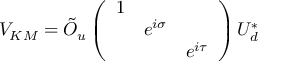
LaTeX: V _ { K M } = \tilde { O } _ { u } \left( \begin{array} { c c c } { { 1 } } & { { } } & { { \nonumber } } \\ { { } } & { { e ^ { i \sigma } } } & { { \nonumber } } \\ { { } } & { { } } & { { e ^ { i \tau } } } \end{array} \right) U _ { d } ^ { * }